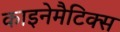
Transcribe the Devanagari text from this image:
काइनेमैटिक्स